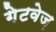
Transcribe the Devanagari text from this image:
गेटवेज़